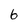
Character: 6